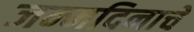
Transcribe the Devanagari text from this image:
जन्मदिनाचे